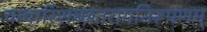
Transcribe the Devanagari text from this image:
चत्वारिंशच्छतरागनिरूपणम्‌